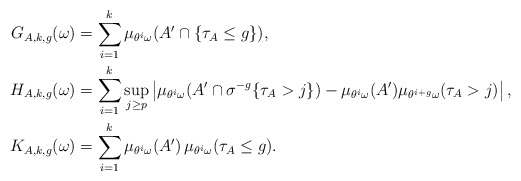
\begin{align*} G_{A,k,g}(\omega) &= \sum_{i=1}^k \mu_{\theta^i\omega}(A'\cap \{\tau_A\le g\}),\\H_{A,k,g}(\omega) &= \sum_{i=1}^k \sup_{j\ge p} \left|\mu_{\theta^i\omega}(A'\cap \sigma^{-g}\{\tau_A>j\})-\mu_{\theta^i\omega}(A')\mu_{\theta^{i+g}\omega}(\tau_A>j)\right|,\\K_{A,k,g}(\omega) &= \sum_{i=1}^k \mu_{\theta^i\omega}(A') \, \mu_{\theta^i\omega}(\tau_A\le g).\end{align*}